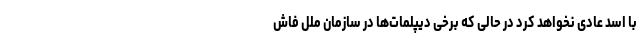
با اسد عادی نخواهد کرد در حالی که برخی دیپلمات‌ها در سازمان ملل فاش